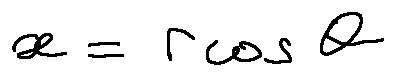
x = r \cos \theta